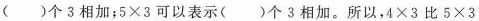
( )个3相加；$$5 \times 3$$可以表示( )个3相加。所以，$$4 \times 3$$比$$5 \times 3$$